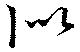
似